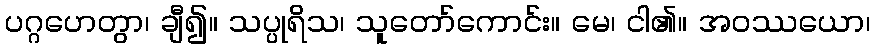
ပဂ္ဂဟေတွာ၊ ချီ၍။ သပ္ပုရိသ၊ သူတော်ကောင်း။ မေ၊ ငါ၏။ အဝဿယော၊